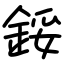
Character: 鋖